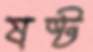
ষষ্ট